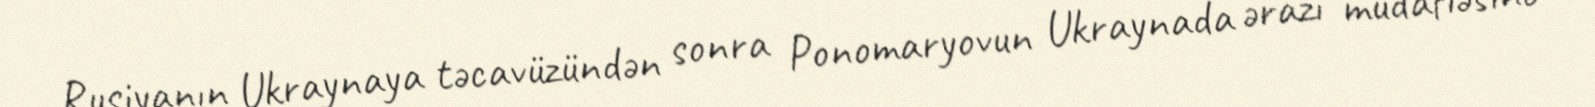
Rusiyanın Ukraynaya təcavüzündən sonra Ponomaryovun Ukraynada ərazi müdafiəsinə